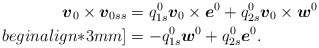
\begin{align*}\mbox{\mathversion{bold}$v$}_{0}\times \mbox{\mathversion{bold}$v$}_{0ss}&=q^{0}_{1s}\mbox{\mathversion{bold}$v$}_{0}\times \mbox{\mathversion{bold}$e$}^{0}+ q^{0}_{2s}\mbox{\mathversion{bold}$v$}_{0}\times \mbox{\mathversion{bold}$w$}^{0}\\begin{align*}3mm]&=-q^{0}_{1s}\mbox{\mathversion{bold}$w$}^{0}+q^{0}_{2s}\mbox{\mathversion{bold}$e$}^{0}.\end{align*}